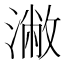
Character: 潎